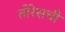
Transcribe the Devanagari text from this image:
तोरेसची